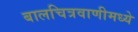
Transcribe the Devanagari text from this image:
बालचित्रवाणीमध्ये